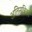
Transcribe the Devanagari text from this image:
अतिसन्निकट